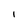
Character: I